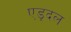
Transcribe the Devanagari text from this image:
एड्दल